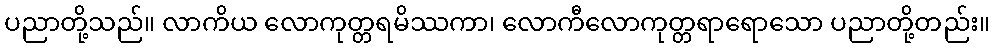
ပညာတို့သည်။ လာကိယ လောကုတ္တရမိဿကာ၊ လောကီလောကုတ္တရာရောသော ပညာတို့တည်း။